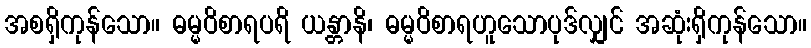
အစရှိကုန်သော။ ဓမ္မဝိစာရပရိ ယန္တာနိ၊ ဓမ္မဝိစာရဟူသောပုဒ်လျှင် အဆုံးရှိကုန်သော။